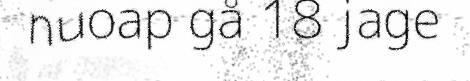
nuoap gå 18 jage